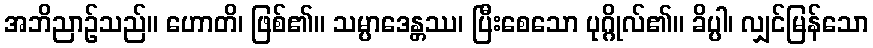
အဘိညာဉ်သည်။ ဟောတိ၊ ဖြစ်၏။ သမ္ပာဒေန္တဿ၊ ပြီးစေသော ပုဂ္ဂိုလ်၏။ ခိပ္ပါ၊ လျှင်မြန်သော